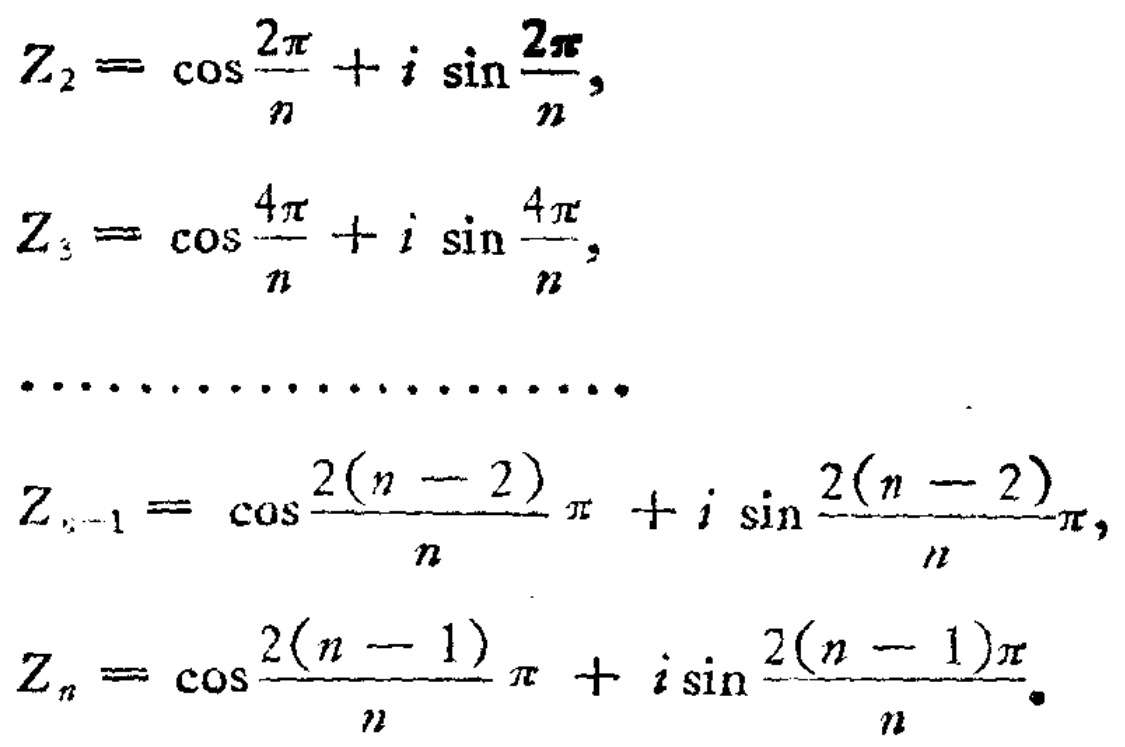
\[
\begin{align*}
Z_{2}&=\cos\frac{2\pi}{n}+i\sin\frac{2\pi}{n},\\
Z_{3}&=\cos\frac{4\pi}{n}+i\sin\frac{4\pi}{n},\\
&\cdots\cdots\cdots\cdots\cdots\cdots\cdots\\
Z_{n - 1}&=\cos\frac{2(n - 2)\pi}{n}+i\sin\frac{2(n - 2)\pi}{n},\\
Z_{n}&=\cos\frac{2(n - 1)\pi}{n}+i\sin\frac{2(n - 1)\pi}{n}.
\end{align*}
\]